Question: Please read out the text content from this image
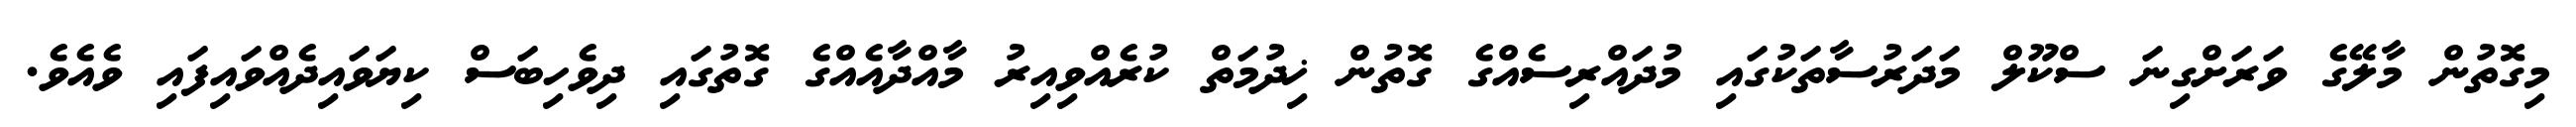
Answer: މިގޮތުން މާލޭގެ ވަރަށްގިނަ ސްކޫލް މަދަރުސާތަކުގައި މުދައްރިސެއްގެ ގޮތުން ޚިދުމަތް ކުރެއްވިއިރު މާއްދާއެއްގެ ގޮތުގައި ދިވެހިބަސް ކިޔަވައިދެއްވައިފައި ވެއެވެ.